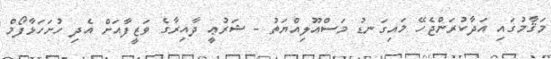
މަޤާމުގައި އަދާކުރަންޖެހޭ މައިގަނޑު މަސްއޫލިއްޔަތު - ޝަރުޢީ ދާއިރާގެ ވަޒީފާއަށް އެދި ހުށަހަޅާފޯމް